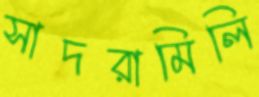
সাদরামিলি